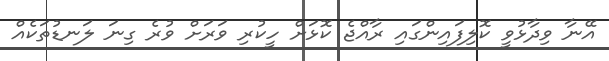
އޭނާ ވިދާޅުވީ ކޮލިފައިންގައި ރާއްޖެ ކޮޅަށް ހީކުރި ވަރަށް ވުރެ ގިނަ ލަނޑުތަކެއް